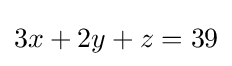
3x+2y+z=39